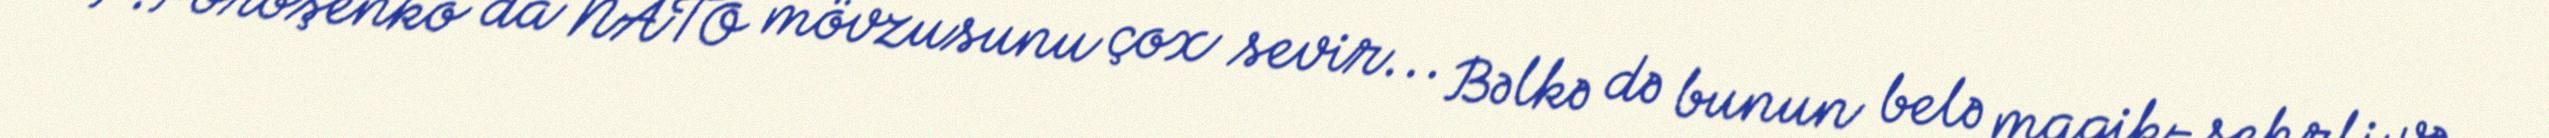
P.Poroşenko da NATO mövzusunu çox sevir... Bəlkə də bunun belə magik-sehrli və